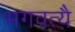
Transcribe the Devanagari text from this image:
भगवत्यै